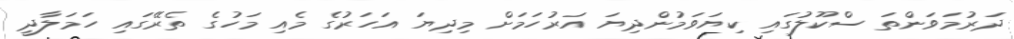
ދަރުމަވަންތަ ސްކޫލުގައި ކިޔަވަމުންދިޔަ އަރުހަމަށް މިދިޔަ އަހަރުގެ މެއި މަހުގެ ތެރޭގައި ހަމަލާދީ